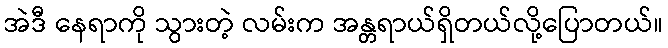
အဲဒီ နေရာကို သွားတဲ့ လမ်းက အန္တရာယ်ရှိတယ်လို့ပြောတယ်။